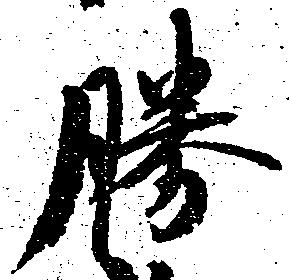
勝